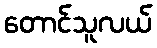
တောင်သူလယ်